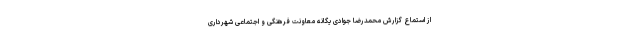
از استماع گزارش محمدرضا جوادی یگانه معاونت فرهنگی و اجتماعی شهرداری